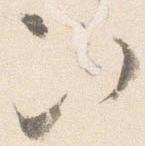
次